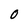
Character: O